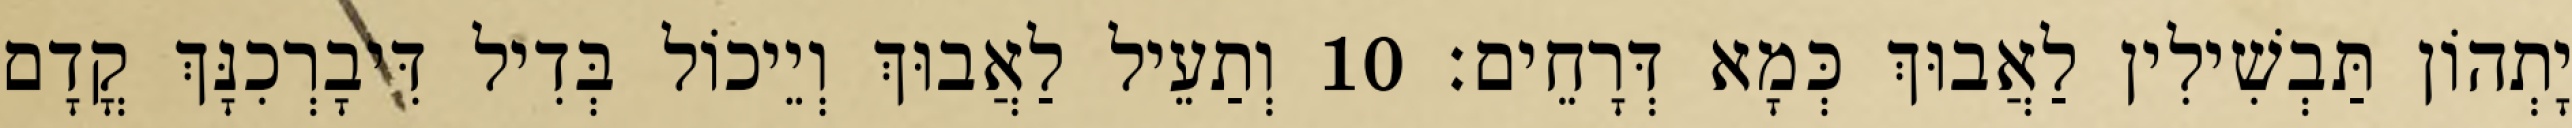
יָתְהוֹן תַּבְשִׁילִין לַאֲבוּךְ כְּמָא דְּרָחֵים׃ 10 וְתַעֵיל לַאֲבוּךְ וְיֵיכוֹל בְּדִיל דִּיבָרְכִנָּךְ קֳדָם